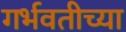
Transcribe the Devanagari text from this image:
गर्भवतीच्या